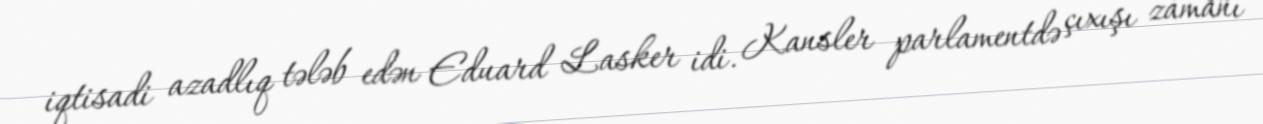
iqtisadi azadlıq tələb edən Eduard Lasker idi. Kansler parlamentdə çıxışı zamanı